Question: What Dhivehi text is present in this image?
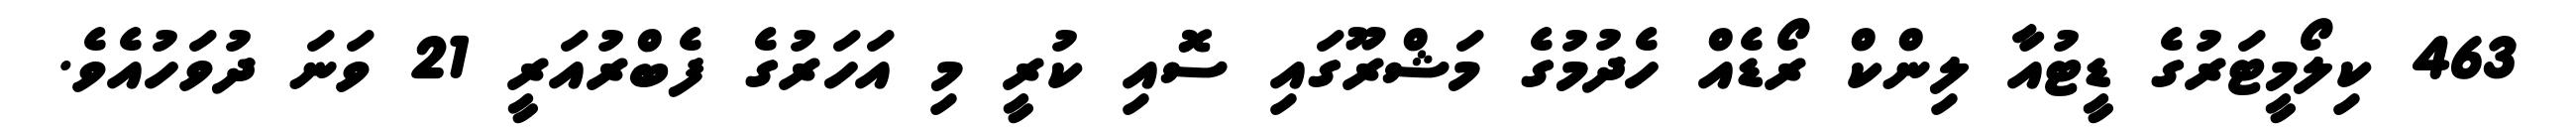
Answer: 463 ކިލޯމީޓަރުގެ ޑީޓުއާ ލިންކް ރޯޑެއް ހެދުމުގެ މަޝްރޫގައި ސޮއި ކުރީ މި އަހަރުގެ ފެބްރުއަރީ 21 ވަނަ ދުވަހުއެވެ.